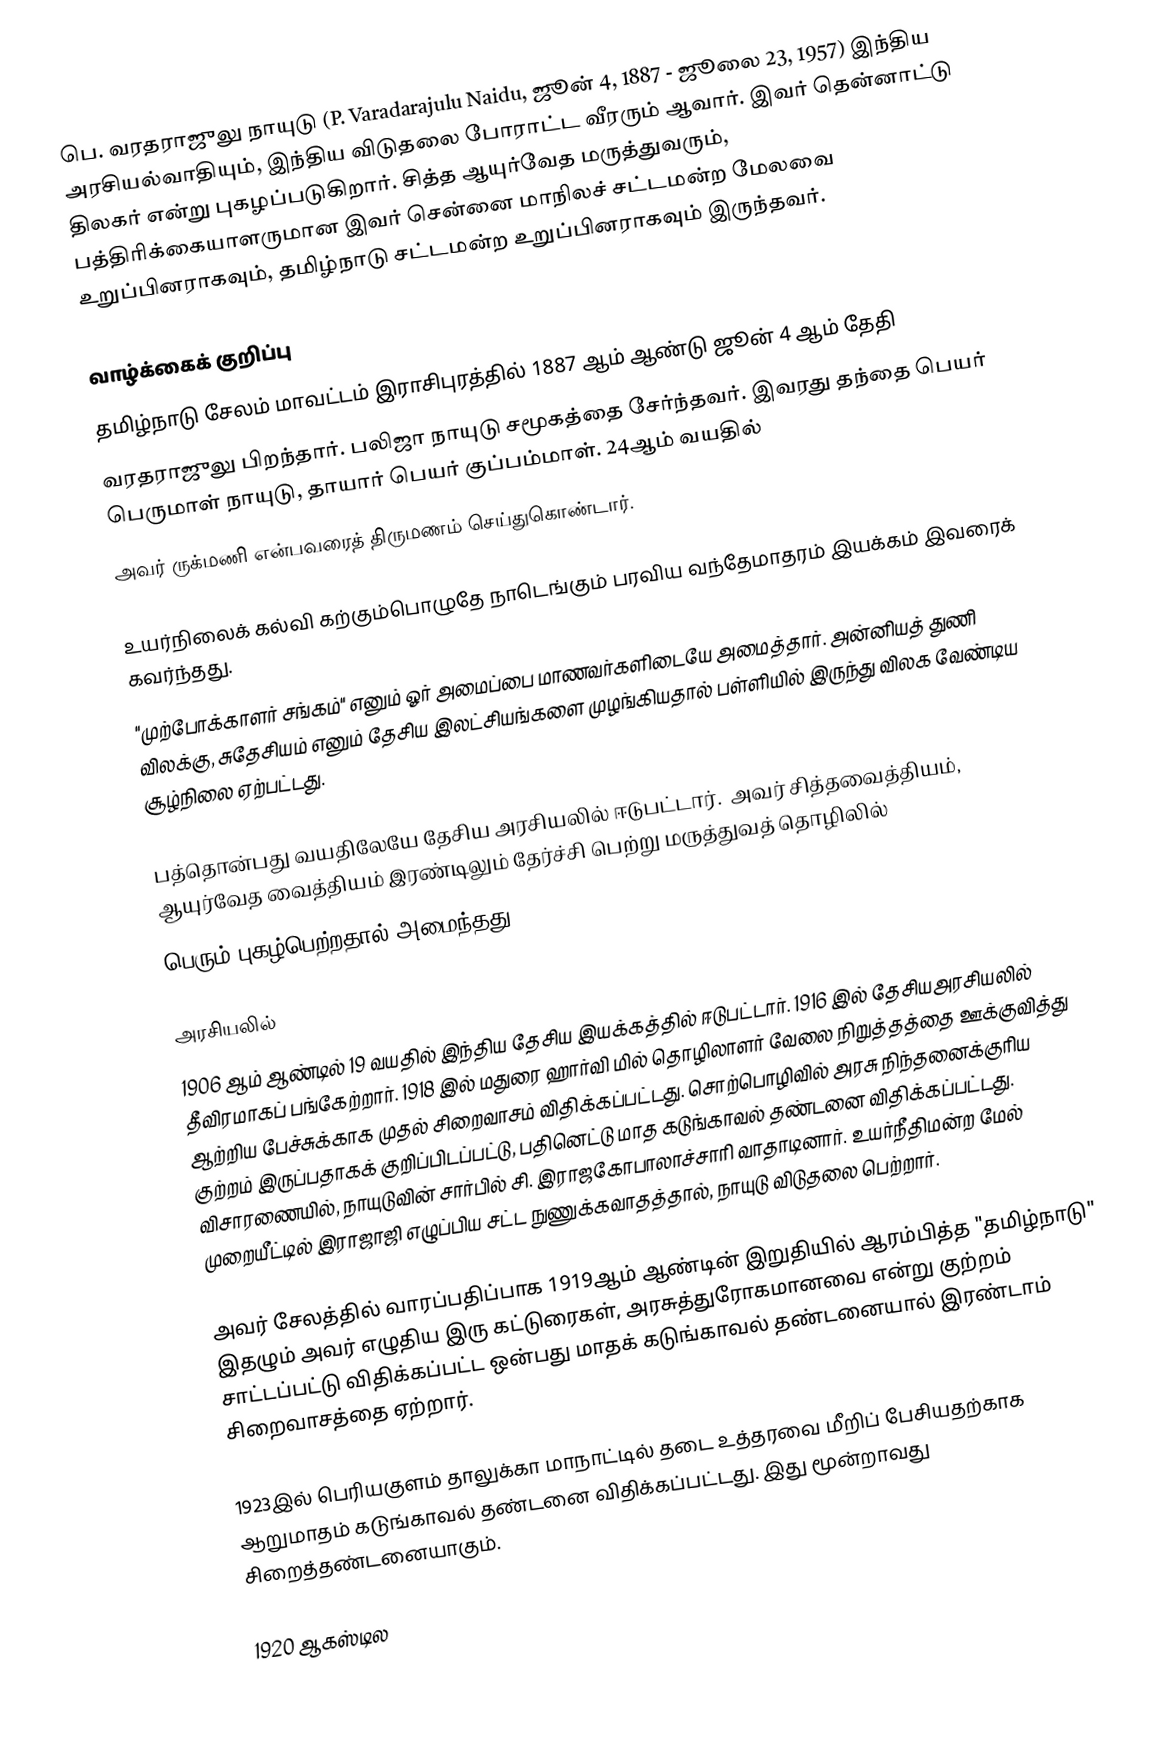
பெ. வரதராஜுலு நாயுடு (P. Varadarajulu Naidu, ஜூன் 4, 1887 - ஜூலை 23, 1957) இந்திய அரசியல்வாதியும், இந்திய விடுதலை போராட்ட வீரரும் ஆவார். இவர் தென்னாட்டு திலகா் என்று புகழப்படுகிறார். சித்த ஆயுர்வேத மருத்துவரும், பத்திரிக்கையாளருமான இவர் சென்னை மாநிலச் சட்டமன்ற மேலவை உறுப்பினராகவும், தமிழ்நாடு சட்டமன்ற உறுப்பினராகவும் இருந்தவர்.

வாழ்க்கைக் குறிப்பு
தமிழ்நாடு சேலம் மாவட்டம் இராசிபுரத்தில் 1887 ஆம் ஆண்டு ஜூன் 4 ஆம் தேதி
வரதராஜுலு பிறந்தார். பலிஜா நாயுடு சமூகத்தை சேர்ந்தவர். இவரது தந்தை பெயர் பெருமாள் நாயுடு, தாயார் பெயர் குப்பம்மாள். 24ஆம் வயதில்
அவர் ருக்மணி என்பவரைத் திருமணம் செய்துகொண்டார்.

உயர்நிலைக் கல்வி கற்கும்பொழுதே நாடெங்கும் பரவிய வந்தேமாதரம் இயக்கம் இவரைக் கவர்ந்தது.
"முற்போக்காளர் சங்கம்" எனும் ஓர் அமைப்பை மாணவர்களிடையே அமைத்தார். அன்னியத் துணி விலக்கு, சுதேசியம் எனும் தேசிய இலட்சியங்களை முழங்கியதால் பள்ளியில் இருந்து விலக வேண்டிய சூழ்நிலை ஏற்பட்டது.

பத்தொன்பது வயதிலேயே தேசிய அரசியலில் ஈடுபட்டார்.  அவர் சித்தவைத்தியம், ஆயுர்வேத வைத்தியம் இரண்டிலும் தேர்ச்சி பெற்று மருத்துவத் தொழிலில்
பெரும் புகழ்பெற்றதால் அமைந்தது.

அரசியலில்
1906 ஆம் ஆண்டில் 19 வயதில் இந்திய தேசிய இயக்கத்தில் ஈடுபட்டார். 1916 இல் தேசியஅரசியலில் தீவிரமாகப் பங்கேற்றார். 1918 இல் மதுரை ஹார்வி மில் தொழிலாளர் வேலை நிறுத்தத்தை ஊக்குவித்து ஆற்றிய பேச்சுக்காக முதல் சிறைவாசம் விதிக்கப்பட்டது. சொற்பொழிவில் அரசு நிந்தனைக்குரிய குற்றம் இருப்பதாகக் குறிப்பிடப்பட்டு, பதினெட்டு மாத கடுங்காவல் தண்டனை விதிக்கப்பட்டது. விசாரணையில், நாயுடுவின் சார்பில் சி. இராஜகோபாலாச்சாரி வாதாடினார். உயர்நீதிமன்ற மேல் முறையீட்டில் இராஜாஜி எழுப்பிய சட்ட நுணுக்கவாதத்தால், நாயுடு விடுதலை பெற்றார்.

அவர் சேலத்தில் வாரப்பதிப்பாக 1919ஆம் ஆண்டின் இறுதியில் ஆரம்பித்த "தமிழ்நாடு" இதழும் அவர் எழுதிய இரு கட்டுரைகள், அரசுத்துரோகமானவை என்று குற்றம் சாட்டப்பட்டு விதிக்கப்பட்ட ஒன்பது மாதக் கடுங்காவல் தண்டனையால் இரண்டாம் சிறைவாசத்தை ஏற்றார்.

1923இல் பெரியகுளம் தாலுக்கா மாநாட்டில் தடை உத்தரவை மீறிப் பேசியதற்காக ஆறுமாதம் கடுங்காவல் தண்டனை விதிக்கப்பட்டது. இது மூன்றாவது சிறைத்தண்டனையாகும்.

1920 ஆகஸ்டில